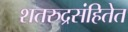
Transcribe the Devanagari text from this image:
शतरुद्रसंहितेत